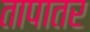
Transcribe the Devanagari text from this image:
तापातर